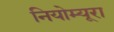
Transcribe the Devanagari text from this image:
नियोम्यूरा